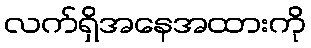
လက်ရှိအနေအထားကို